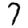
Digit: 7